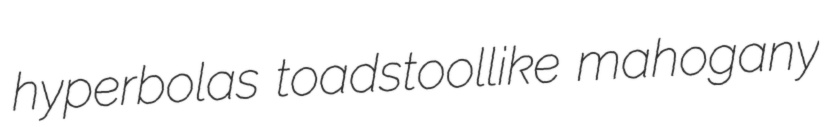
hyperbolas toadstoollike mahogany